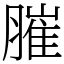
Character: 膗